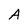
Character: A